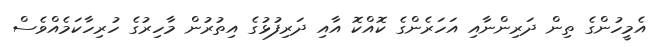
އެމީހުންގެ ތިން ދަރިންނާއި އަހަރެންގެ ކޮއްކޮ އާއި ދަރިފުޅުގެ އިތުރުން މާހިރުގެ ހުރިހާކަމެއްވެސް